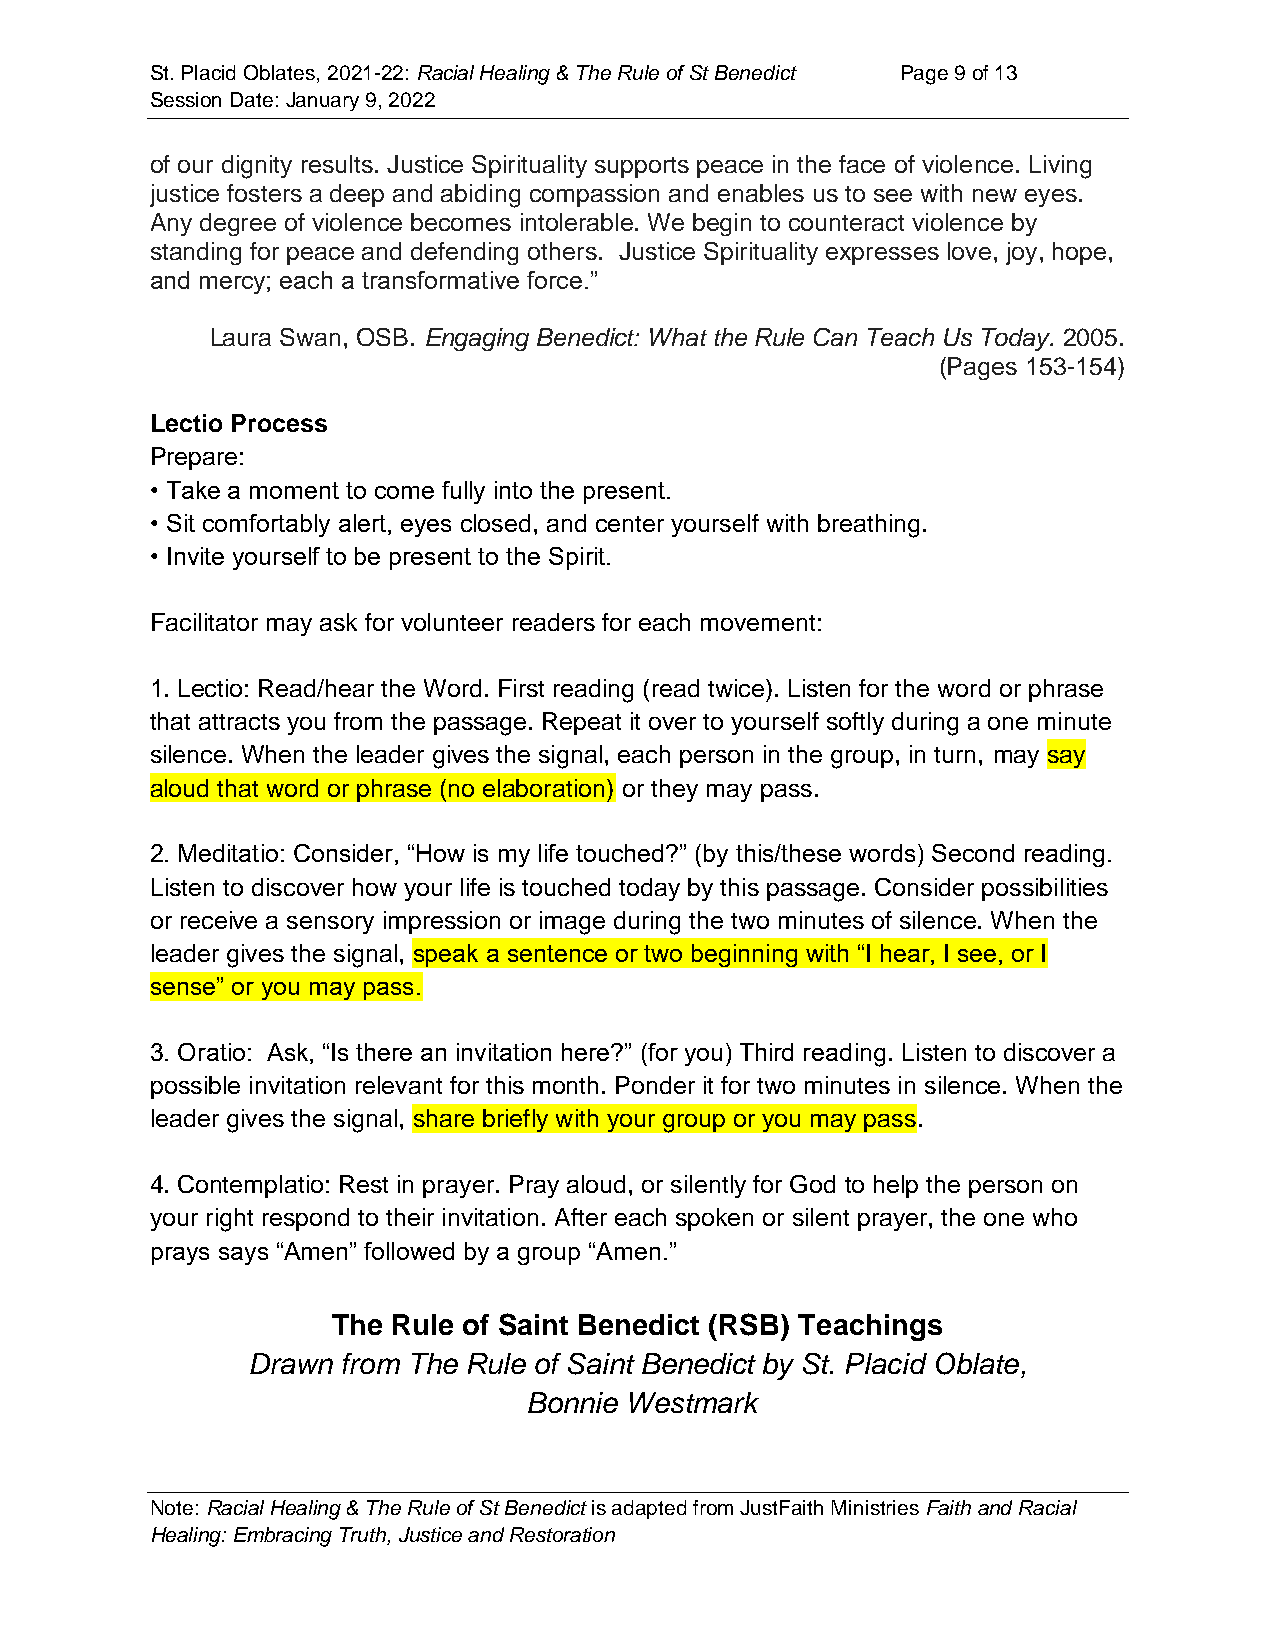
St. Placid Oblates, 2021-22: Racial Healing & The Rule of St Benedict Page 9 of 13
 Session Date: January 9, 2022
 of our dignity results. Justice Spirituality supports peace in the face of violence. Living
 justice fosters a deep and abiding compassion and enables us to see with new eyes.
 Any degree of violence becomes intolerable. We begin to counteract violence by
 standing for peace and defending others. Justice Spirituality expresses love, joy, hope,
 and mercy; each a transformative force.”
 Laura Swan, OSB. Engaging Benedict: What the Rule Can Teach Us Today. 2005.
 (Pages 153-154)
 Lectio Process
 Prepare:
 • Take a moment to come fully into the present.
 • Sit comfortably alert, eyes closed, and center yourself with breathing.
 • Invite yourself to be present to the Spirit.
 Facilitator may ask for volunteer readers for each movement:
 1. Lectio: Read/hear the Word. First reading (read twice). Listen for the word or phrase
 that attracts you from the passage. Repeat it over to yourself softly during a one minute
 silence. When the leader gives the signal, each person in the group, in turn, may say
 aloud that word or phrase (no elaboration) or they may pass.
 2. Meditatio: Consider, “How is my life touched?” (by this/these words) Second reading.
 Listen to discover how your life is touched today by this passage. Consider possibilities
 or receive a sensory impression or image during the two minutes of silence. When the
 leader gives the signal, speak a sentence or two beginning with “I hear, I see, or I
 sense” or you may pass.
 3. Oratio: Ask, “Is there an invitation here?” (for you) Third reading. Listen to discover a
 possible invitation relevant for this month. Ponder it for two minutes in silence. When the
 leader gives the signal, share briefly with your group or you may pass.
 4. Contemplatio: Rest in prayer. Pray aloud, or silently for God to help the person on
 your right respond to their invitation. After each spoken or silent prayer, the one who
 prays says “Amen” followed by a group “Amen.”
 The Rule of Saint Benedict (RSB) Teachings
 Drawn  from The Rule of Saint Benedict by St. Placid Oblate,
 Bonnie Westmark
 Note: Racial Healing & The Rule of St Benedict is adapted from JustFaith Ministries Faith and Racial
 Healing: Embracing Truth, Justice and Restoration